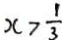
x > \frac { 1 } { 3 }